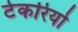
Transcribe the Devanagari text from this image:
टेकरियो